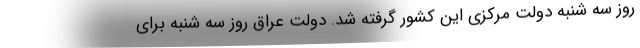
روز سه شنبه دولت مرکزی این کشور گرفته شد. دولت عراق روز سه شنبه برای